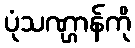
ပုံသဏ္ဌာန်ကို